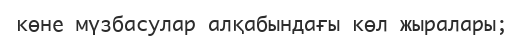
көне мүзбасулар алқабындағы көл жыралары;